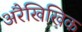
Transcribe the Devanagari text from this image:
अरैखिखिक